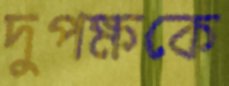
দুপক্ষকে